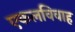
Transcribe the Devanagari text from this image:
एकलविवाह